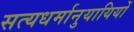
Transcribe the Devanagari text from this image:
सत्यधर्मानुयायियों